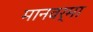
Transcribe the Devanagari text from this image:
मानवर्मा